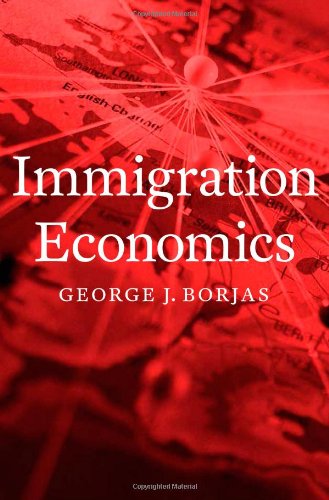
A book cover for Immigration Economics; George J. Borjas; Business & Money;